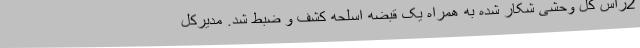
2راس کل وحشی شکار شده به همراه یک قبضه اسلحه کشف و ضبط شد. مدیرکل